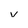
Character: v